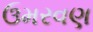
ઉમરવણ